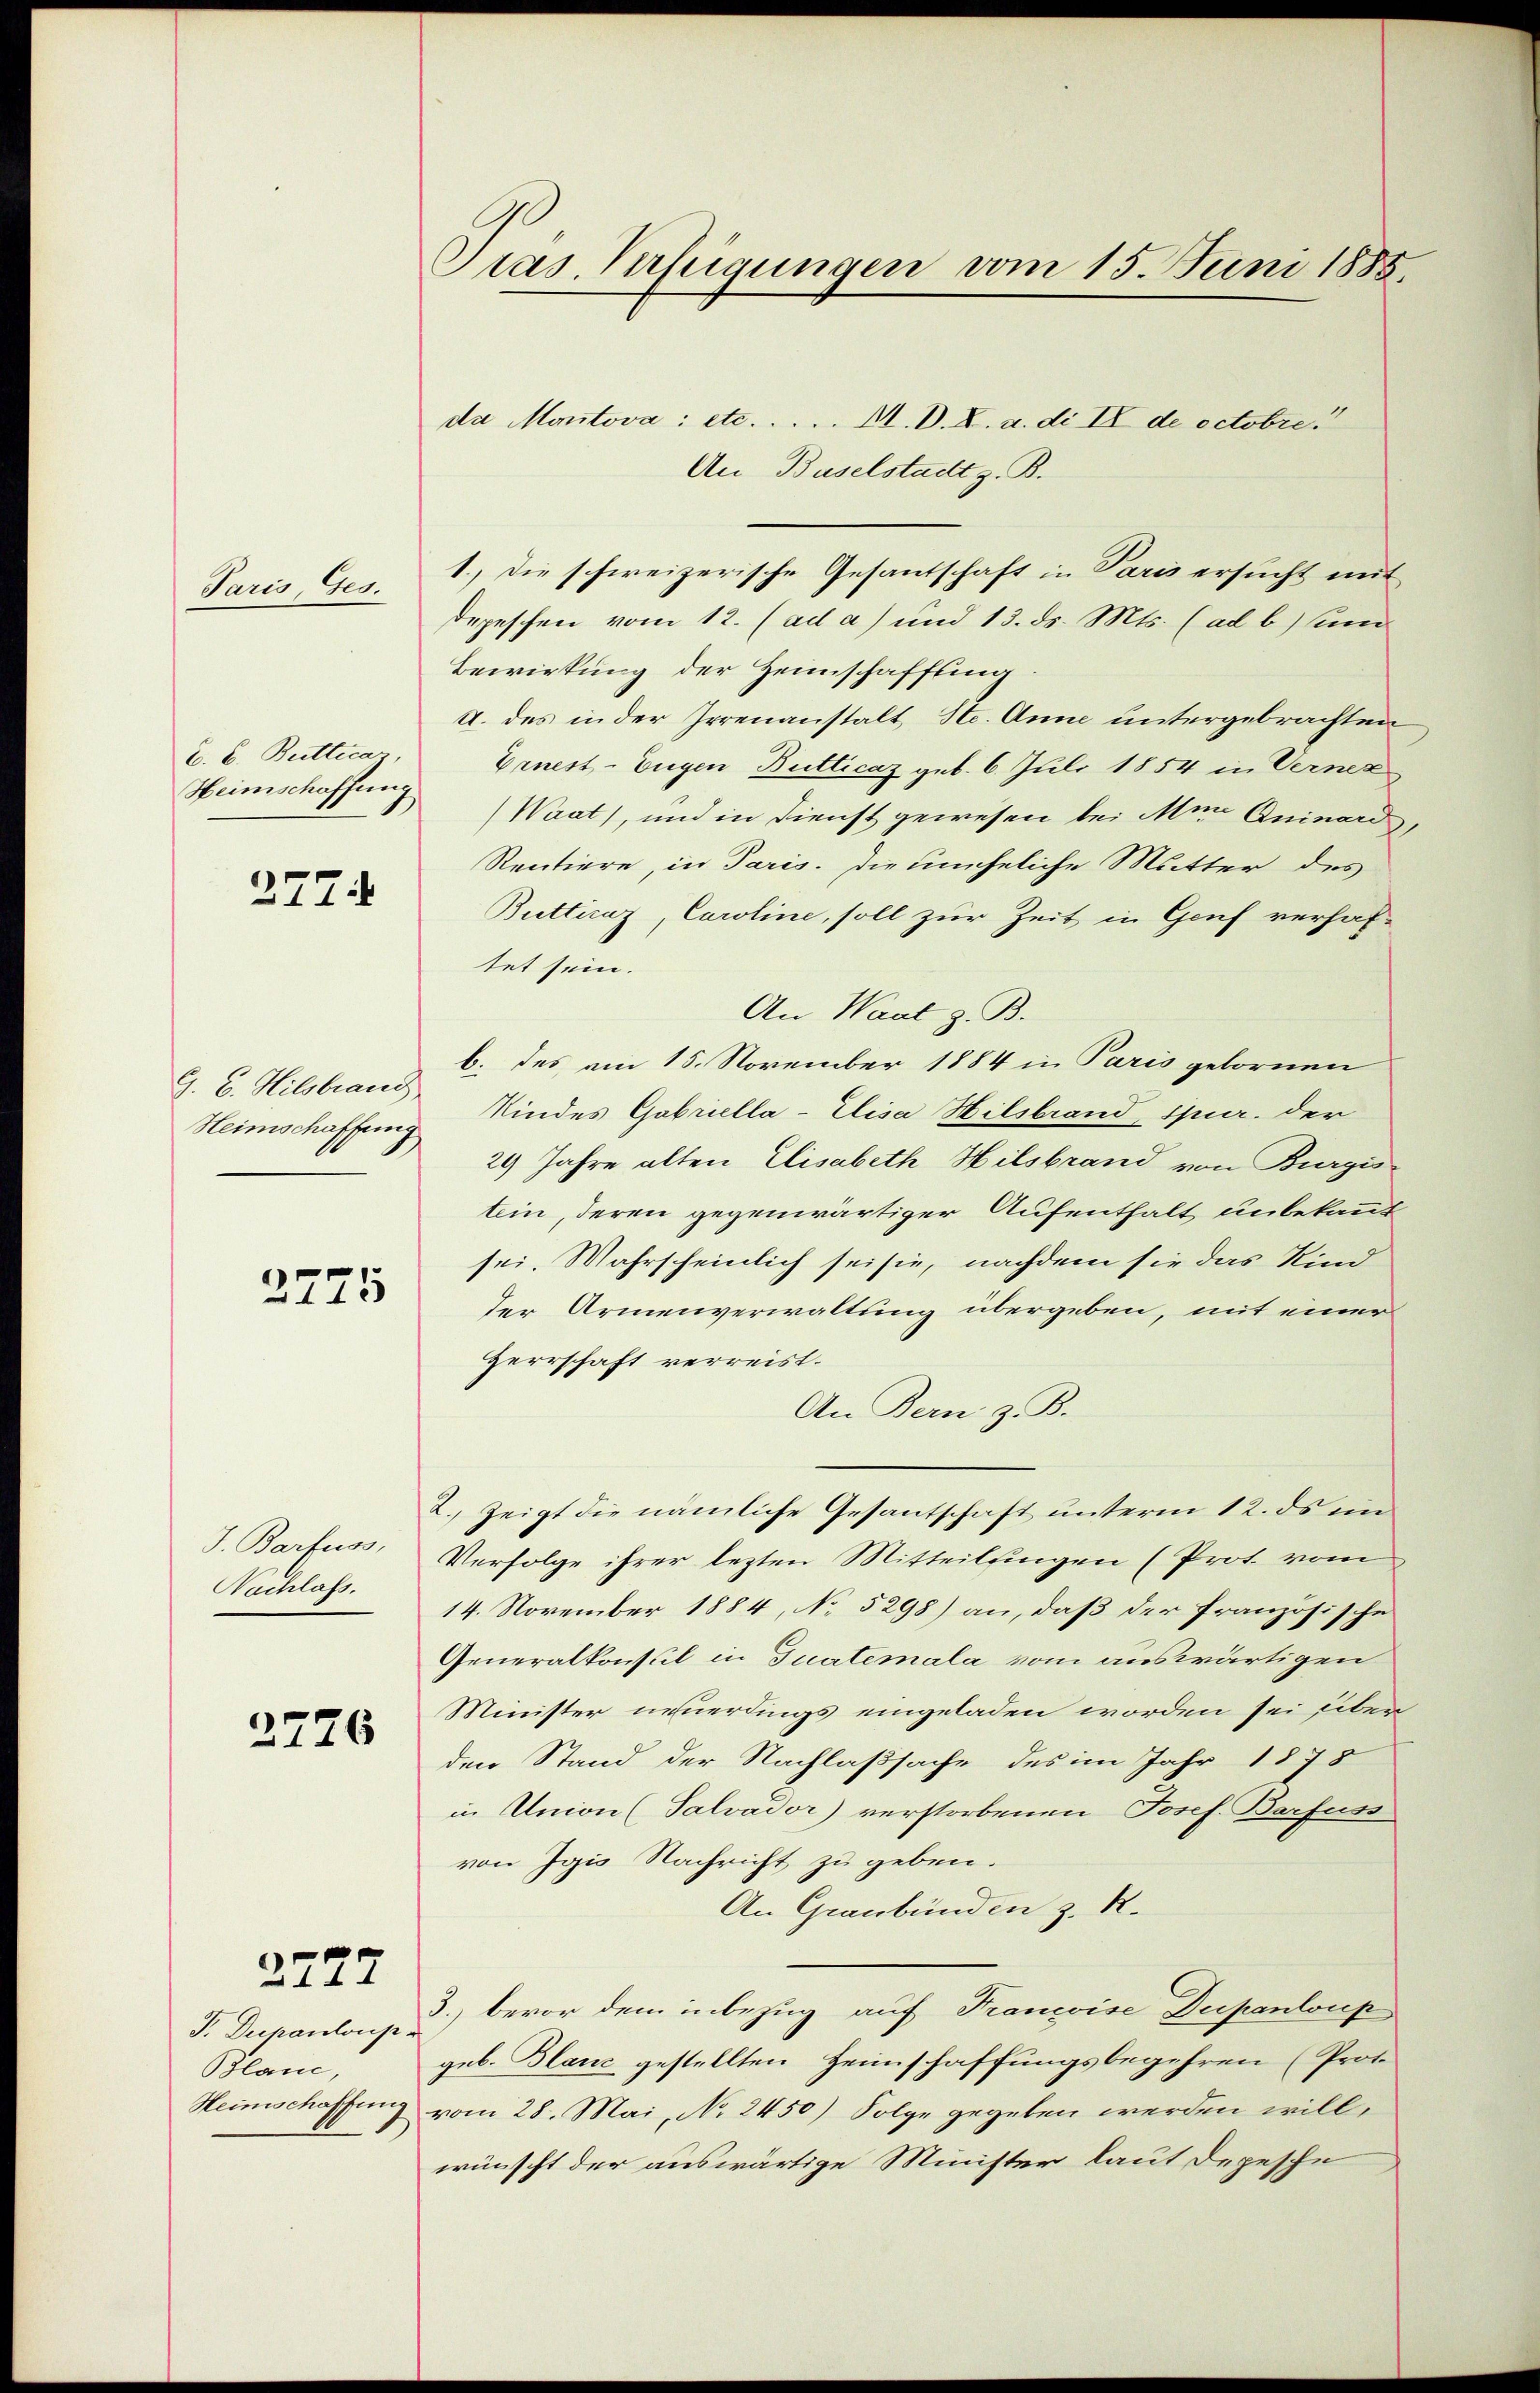
Paris, Ges.

E. E. Butticar,
Heimschaffung

277.

G. C. Hilsbrauc
Heimschaffeng

2775

J. Barfuss,
Nachlass.

2726

2727

F. Dupantonsr
Blanc,

Präs. Verfügungen vom 15. Juni 1885.

da Montova: etc. . . . . M. D. L. a. di II de octobre!
An Baselstadt z. B.
1.) Die schweizerische Gesantschaft in Paris ersucht mit
depeschen vom 12. (ad a) und 13. ds. Mts. (ad b) und
Bewirkung der Heimschaffung.
U. des in der Irrenanstalt, Ste. Anne untergebrachten
Vrnest-Eugen Butticaz geb. 6. Juli 1854 in Vernez
Waat), und in Dienst gewesen bei Men Quinard,
Rentiere, in Paris. Die uneheliche Mutter des
Butticaz, Caroline, soll zur Zeit in Genf verhaftet sein.
An Wart z. B.
b. des am 15. November 1884 in Paris gebornen
Kindes Gabriella-Elisa Hilsbrand Spur. der
29 Jahre alten Elisabeth Hilsbrand von Burgis
tein, deren gegenwärtiger Aufenthalt unbekannt
sei. Wahrscheinlich sei sie, nachdem sie das Kind
der Armenverwaltung übergeben, mit einer
Herrschaft verreist.
An Bern z. B.
2. Zeigt die nämliche Gesantschaft unterm 12. ds im
Verfolge ihrer lezten Mitteilingen (Prot. vom
14. November 1884, No 5298) an, daß der französische
Generalkonsul in Tuatemala vom auswärtigen
Minister neuerdings eingeladen worden sei über
den Stand der Nachlaßsache des im Jahr 1878
in Union (Salvador) verstorbenen Josef. Barfuss
von Igis Nachricht zu geben.
An Graubünden z. R.
3. bevor dem inbezug auf Francoise Dupanloup
geb. Blanc gestellten Heimschaffungsbegehren (Prot.
Heimschaffung vom 28. Mai, No 2450) Folge gegeben werden will,
wünscht der auswärtige Minister laut Depesche